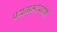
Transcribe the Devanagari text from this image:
पद्मनाभवस्वामी